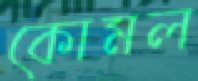
কোমল